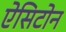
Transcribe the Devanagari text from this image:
ऐसिटोन